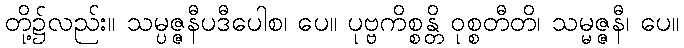
တို့၌လည်း။ သမ္ပဇ္ဇနီပဒီပေါစ၊ ပေ။ ပုဗ္ဗကိစ္စန္တိ ဝုစ္စတီတိ၊ သမ္မဇ္ဇနီ၊ ပေ။